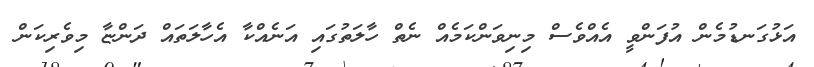
އަޅުގަނޑުމެން އުފަންވީ އެއްވެސް މިނިވަންކަމެއް ނެތް ހާލަތުގައި އަނެއްކާ އެހާލަތައް ދަންޏާ މިވެރިކަން